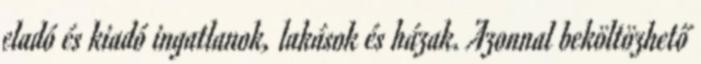
eladó és kiadó ingatlanok, lakások és házak. Azonnal beköltözhető